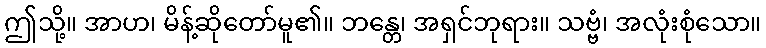
ဤသို့။ အာဟ၊ မိန့်ဆိုတော်မူ၏။ ဘန္တေ၊ အရှင်ဘုရား။ သဗ္ဗံ၊ အလုံးစုံသော။